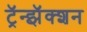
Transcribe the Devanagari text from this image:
ट्रॅन्झॅक्शन